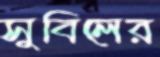
সুবিলের